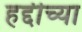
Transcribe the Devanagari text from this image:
हद्दीच्या